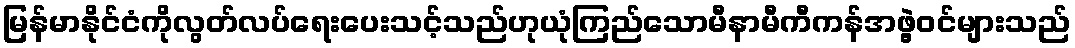
မြန်မာနိုင်ငံကိုလွတ်လပ်ရေးပေးသင့်သည်ဟုယုံကြည်သောမီနာမီကီကန်အဖွဲ့ဝင်များသည်